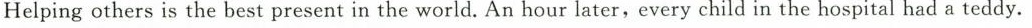
Helpingothers is the best present in the world. An hour later,every child in the hospital had a teddy.